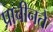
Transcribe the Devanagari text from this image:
प्राचीनते